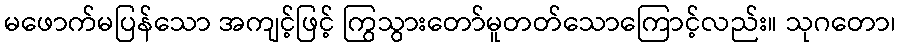
မဖောက်မပြန်သော အကျင့်ဖြင့် ကြွသွားတော်မူတတ်သောကြောင့်လည်း။ သုဂတော၊